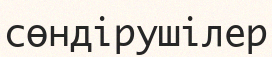
сөндірушілер